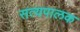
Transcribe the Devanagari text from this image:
सत्यपालक